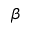
\beta